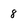
Character: 8